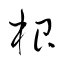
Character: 根